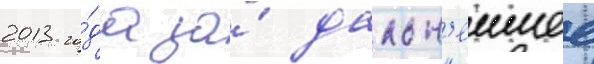
2013 го́да за́ дальн'еишее